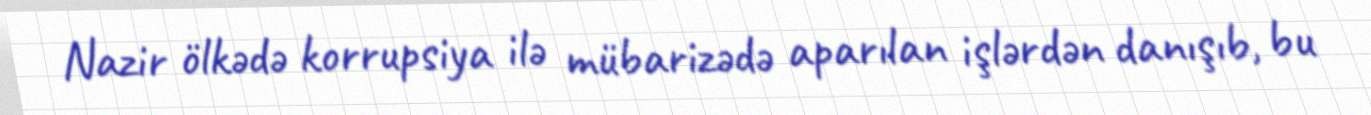
Nazir ölkədə korrupsiya ilə mübarizədə aparılan işlərdən danışıb, bu